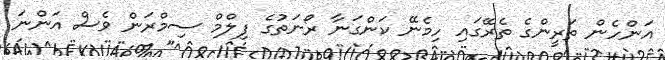
އަންހެން ތަރީންގެ ތެރޭގައި ހިމެނޭ ކަންގަނާ ރޯނަތުގެ ފިލްމް ސިމްރަން ވެސް އަންނަ